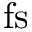
\mathrm { f s }